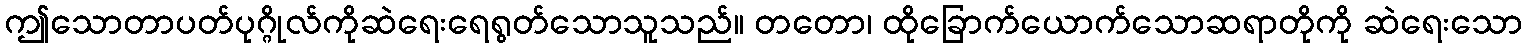
ဤသောတာပတ်ပုဂ္ဂိုလ်ကိုဆဲရေးရေရွတ်သောသူသည်။ တတော၊ ထိုခြောက်ယောက်သောဆရာတိုကို ဆဲရေးသော